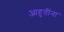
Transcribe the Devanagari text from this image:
आहुतींना